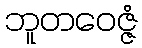
ဘူတဝေဇ္ဇံ